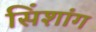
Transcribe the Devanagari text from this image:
सिंशांग